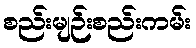
စည်းမျဉ်းစည်းကမ်း